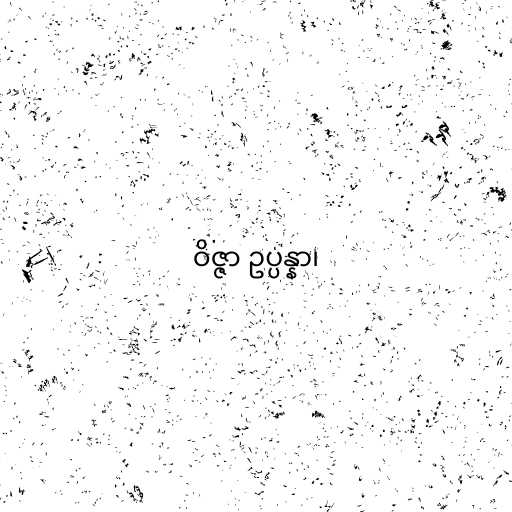
ဝိဇ္ဇာ ဥပ္ပန္နာ၊